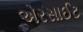
એરસાઈટ